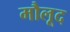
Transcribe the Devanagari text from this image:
मौलूद